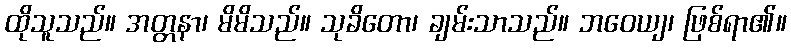
ထိုသူသည်။ အတ္တနာ၊ မိမိသည်။ သုခိတော၊ ချမ်းသာသည်။ ဘဝေယျ၊ ဖြစ်ရာ၏။